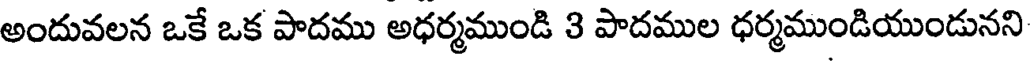
అందువలన ఒకే ఒక పాదము అధర్మముండి 3 పాదముల ధర్మముండియుండునని